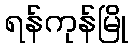
ရန်ကုန်မြို